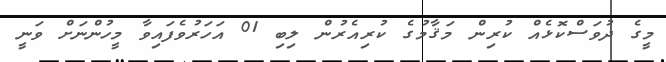
މީގެ ދުވަސްކޮޅެއް ކުރިން މަޤާމުގެ ކުރިއެރުން ލިބި 01 އަހަރުވެފައިވާ މީހުންނަށް ވަނީ